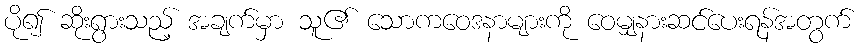
ပို၍ ဆိုးရွားသည့် အချက်မှာ သူ၏ သောကဝေဒနာများကို ဝေမျှနားဆင်ပေးရန်အတွက်